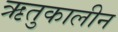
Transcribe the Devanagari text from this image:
ऋतुकालीन